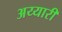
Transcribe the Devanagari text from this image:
अय्यारी